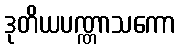
ဒုတိယပဏ္ဏာသကော